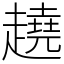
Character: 趬